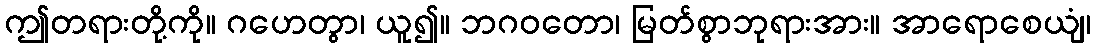
ဤတရားတို့ကို။ ဂဟေတွာ၊ ယူ၍။ ဘဂဝတော၊ မြတ်စွာဘုရားအား။ အာရောစေယျံ၊